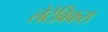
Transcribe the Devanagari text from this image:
लेटेविकस